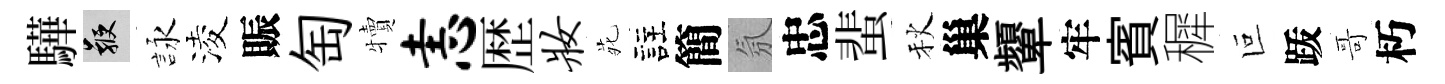
驊鞭詠淩賑匋犢恚歴妆𫟍註簡氛忠蜚秋巢顰牢賓穉叵䟦哥朽